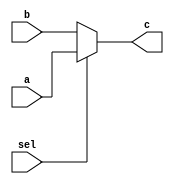
//selector
module sel(a, b, sel, c);
		input [23:0] a, b;
		input sel;
		output [23:0] c;

		assign c = (sel)? a:b;

endmodule